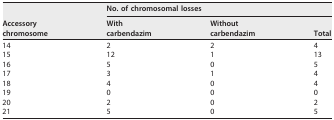
<table><thead><tr><td rowspan="2"><b>Accessorychromosome</b></td><td colspan="3"><b>No. of chromosomal losses</b></td></tr><tr><td><b>Withcarbendazim</b></td><td><b>Withoutcarbendazim</b></td><td><b>Total</b></td></tr></thead><tbody><tr><td>14</td><td>2</td><td>2</td><td>4</td></tr><tr><td>15</td><td>12</td><td>1</td><td>13</td></tr><tr><td>16</td><td>5</td><td>0</td><td>5</td></tr><tr><td>17</td><td>3</td><td>1</td><td>4</td></tr><tr><td>18</td><td>4</td><td>0</td><td>4</td></tr><tr><td>19</td><td>0</td><td>0</td><td>0</td></tr><tr><td>20</td><td>2</td><td>0</td><td>2</td></tr><tr><td>21</td><td>5</td><td>0</td><td>5</td></tr></tbody></table>